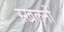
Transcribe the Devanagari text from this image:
स्खलनों